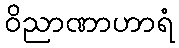
ဝိညာဏာဟာရံ